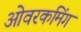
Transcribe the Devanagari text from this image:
ओवरकमिंग